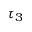
\tau _ { 3 }